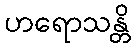
ဟရောသန္တိ